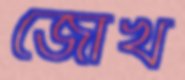
জোখ